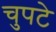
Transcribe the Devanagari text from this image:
चुपटे